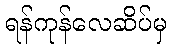
ရန်ကုန်လေဆိပ်မှ